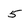
Character: 5